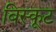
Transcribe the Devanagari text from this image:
बिस्कूट